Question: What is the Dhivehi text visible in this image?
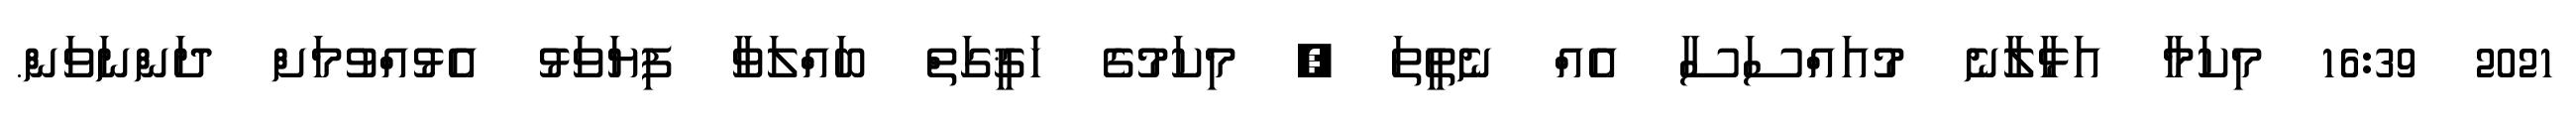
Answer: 2021 16:39 މިކަމާ އަޅާލާނެ މުއައްސަސާ އެއް ނެތީތަ ? މިކަމުގެ ހަޤީގަތް ބައްލަވާ ފިޔަވަޅު އެޅުއްވުމަށް ދަންނަވަން.